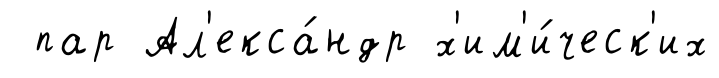
пар Ал'екса́ндр х'им'и́ческ'их